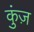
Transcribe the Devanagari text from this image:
कुंज़